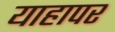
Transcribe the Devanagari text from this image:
याहापर